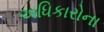
અધિકારોના